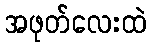
အဖုတ်လေးထဲ